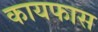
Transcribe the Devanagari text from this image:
कायफास